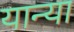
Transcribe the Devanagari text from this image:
यान्या